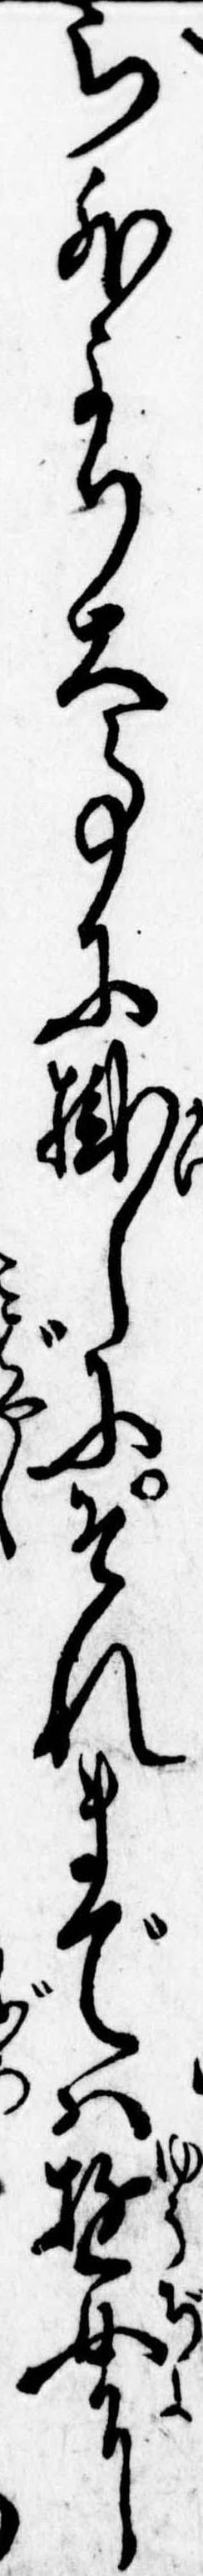
ら外より大事に掛しにそれまでは遊女に